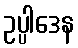
ဥပ္ပါဒေန